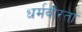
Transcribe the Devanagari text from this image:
धर्मवीरता